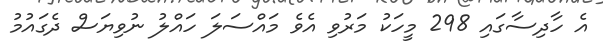
އެ ހާދިސާގައި 298 މީހަކު މަރުވި އެވެ މައްސަލަ ހައްލު ނުވިޔަސް ދެގައުމު